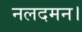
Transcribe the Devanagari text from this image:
नलदमन।